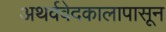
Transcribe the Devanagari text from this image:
अथर्ववेदकालापासून